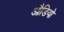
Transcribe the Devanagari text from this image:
औडियो